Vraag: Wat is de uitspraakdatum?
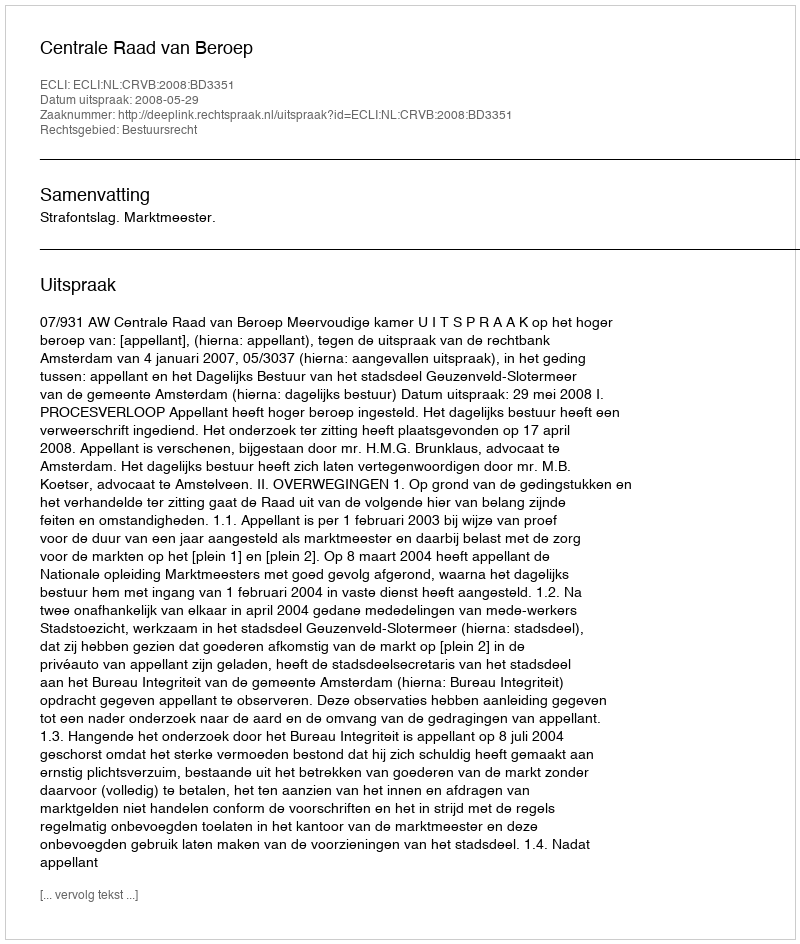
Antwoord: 2008-05-29